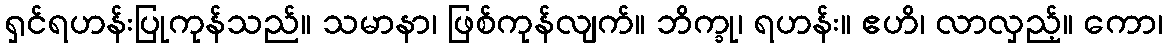
ရှင်ရဟန်းပြုကုန်သည်။ သမာနာ၊ ဖြစ်ကုန်လျက်။ ဘိက္ခု၊ ရဟန်း။ ဧဟိ၊ လာလှည့်။ ကော၊